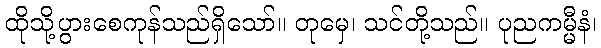
ထိုသို့ပွားစေကုန်သည်ရှိသော်။ တုမှေ၊ သင်တို့သည်။ ပုညကမ္မီနံ၊